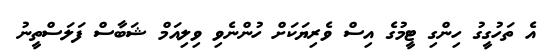
އެ ތަހުގީގު ހިންގި ޓީމުގެ އިސް ވެރިޔަކަށް ހުންނެވި ވިލިއަމް ޝަބާސް ފަލަސްތީނު